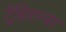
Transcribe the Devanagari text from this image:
ट्रेडिशन्स